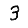
Digit: 3